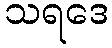
သရဒေ